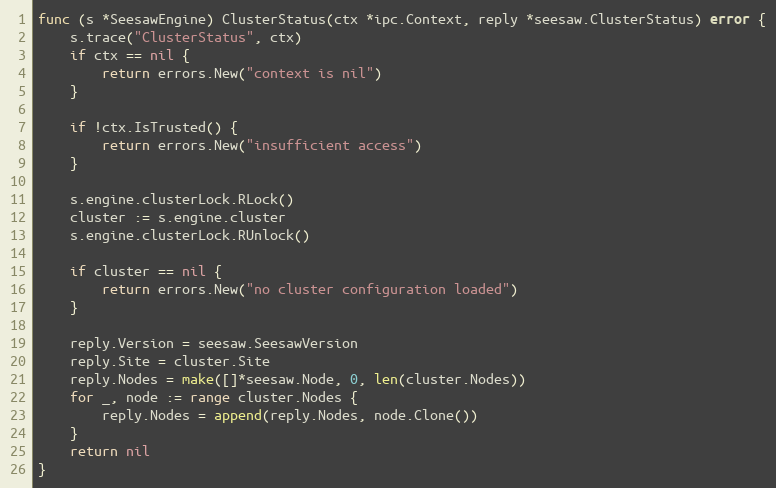
Language: Go
func (s *SeesawEngine) ClusterStatus(ctx *ipc.Context, reply *seesaw.ClusterStatus) error {
	s.trace("ClusterStatus", ctx)
	if ctx == nil {
		return errors.New("context is nil")
	}

	if !ctx.IsTrusted() {
		return errors.New("insufficient access")
	}

	s.engine.clusterLock.RLock()
	cluster := s.engine.cluster
	s.engine.clusterLock.RUnlock()

	if cluster == nil {
		return errors.New("no cluster configuration loaded")
	}

	reply.Version = seesaw.SeesawVersion
	reply.Site = cluster.Site
	reply.Nodes = make([]*seesaw.Node, 0, len(cluster.Nodes))
	for _, node := range cluster.Nodes {
		reply.Nodes = append(reply.Nodes, node.Clone())
	}
	return nil
}